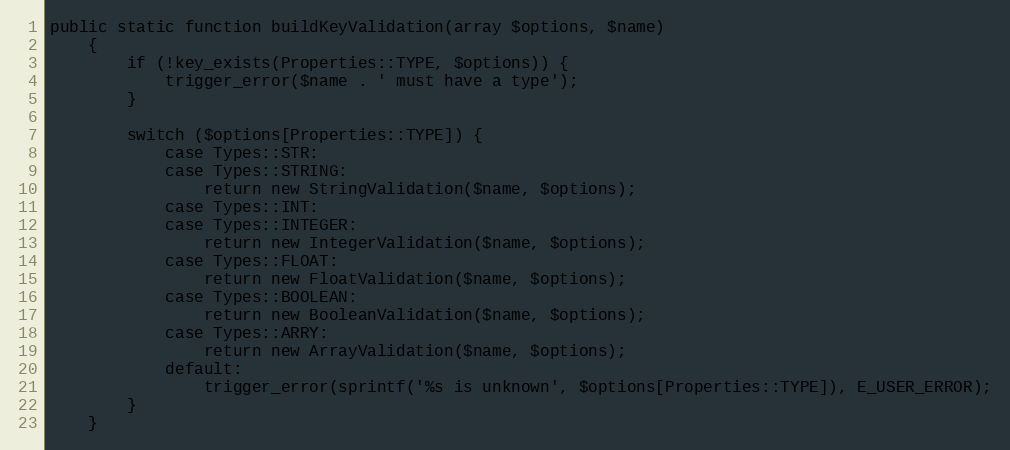
Language: PHP
public static function buildKeyValidation(array $options, $name)
    {
        if (!key_exists(Properties::TYPE, $options)) {
            trigger_error($name . ' must have a type');
        }

        switch ($options[Properties::TYPE]) {
            case Types::STR:
            case Types::STRING:
                return new StringValidation($name, $options);
            case Types::INT:
            case Types::INTEGER:
                return new IntegerValidation($name, $options);
            case Types::FLOAT:
                return new FloatValidation($name, $options);
            case Types::BOOLEAN:
                return new BooleanValidation($name, $options);
            case Types::ARRY:
                return new ArrayValidation($name, $options);
            default:
                trigger_error(sprintf('%s is unknown', $options[Properties::TYPE]), E_USER_ERROR);
        }
    }